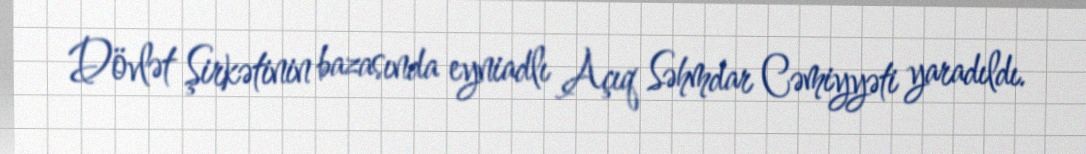
Dövlət Şirkətinin bazasında eyniadlı Açıq Səhmdar Cəmiyyəti yaradıldı.